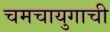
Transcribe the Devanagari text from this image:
चमचायुगाची